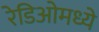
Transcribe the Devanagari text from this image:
रेडिओमध्ये